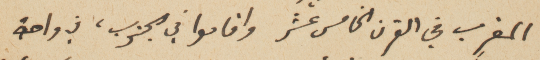
المغرب في القرن الخامس عشر واقاموا في الجنوب، في واحة